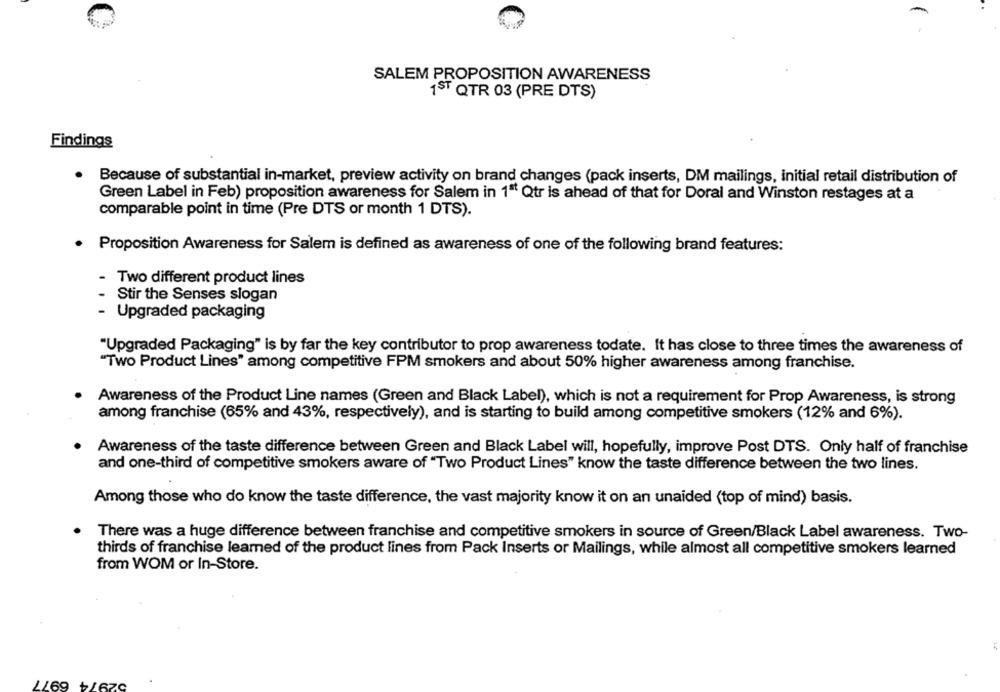
SALEM PROPOSITION AWARENESS
1ST QTR 03 (PRE DTS)
Findings
Because of substantial in-market, preview activity on brand changes (pack inserts, DM mailings, initial retail distribution of
Green Label in Feb) proposition awareness for Salem in 1" Qtr is ahead of that for Doral and Winston restages at a
comparable point in time (Pre DTS or month 1 DTS).
· Proposition Awareness for Salem is defined as awareness of one of the following brand features:
Two different product lines
Stir the Senses slogan
Upgraded packaging
"Upgraded Packaging" is by far the key contributor to prop awareness todate. It has close to three times the awareness of
"Two Product Lines" among competitive FPM smokers and about 50% higher awareness among franchise.
Awareness of the Product Line names (Green and Black Label), which is not a requirement for Prop Awareness, is strong
among franchise (65% and 43%, respectively), and is starting to build among competitive smokers (12% and 6%).
Awareness of the taste difference between Green and Black Label will, hopefully, improve Post DTS. Only half of franchise
and one-third of competitive smokers aware of "Two Product Lines" know the taste difference between the two lines.
Among those who do know the taste difference, the vast majority know it on an unaided (top of mind) basis.
There was a huge difference between franchise and competitive smokers in source of Green/Black Label awareness. Two-
thirds of franchise learned of the product lines from Pack Inserts or Mailings, while almost all competitive smokers learned
from WOM or In-Store.
52974 6977